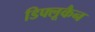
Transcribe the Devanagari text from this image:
डिफ्लूकैन